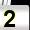
Digit: 2